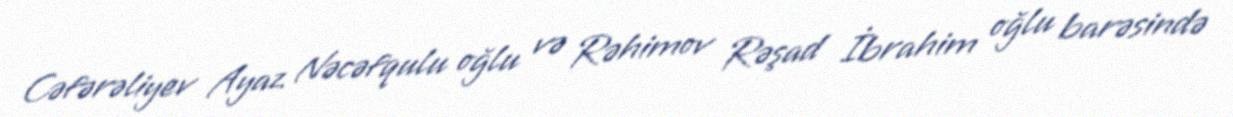
Cəfərəliyev Ayaz Nəcəfqulu oğlu və Rəhimov Rəşad İbrahim oğlu barəsində